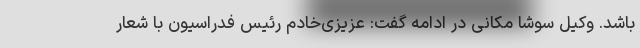
باشد. وکیل سوشا مکانی در ادامه گفت: عزیزی‌خادم رئیس فدراسیون با شعار